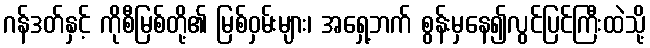
ဂန်ဒတ်နှင့် ကိုစီမြစ်တို့၏ မြစ်ဝှမ်းများ၊ အရှေ့ဘက် စွန်းမှနေ၍လွင်ပြင်ကြီးထဲသို့